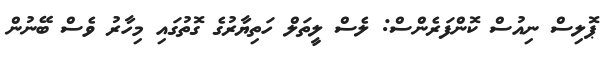
ޕޮލިސް ނިއުސް ކޮންފަރެންސް: ލެސް ލީތަލް ހަތިޔާރުގެ ގޮތުގައި މިހާރު ވެސް ބޭނުން